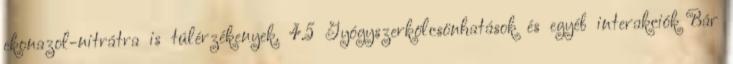
ekonazol-nitrátra is túlérzékenyek. 4.5 Gyógyszerkölcsönhatások és egyéb interakciók Bár